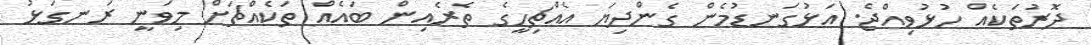
ދޮރުތަކެއް ހުޅުވިއްޖެ. އަޅުގަނޑުމެން ގެންދިޔަ އެއްޗިހީގެ ތެރެއިން ބައެއް ތަކެއްޗަށް މިވަނީ ރަނގަޅު